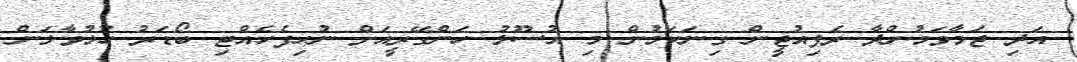
އަދި ޖަމާވަމުންދާ ރެފިއުޖީން ގިނަކަމުން މި އުސޫލު ހަންގޭރީއަށް ނުހިފެހެއްޓި ބޯޑަރު ހުޅުވާލަން